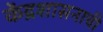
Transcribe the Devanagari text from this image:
केंद्रशासनाची